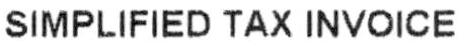
SIMPLIFIED TAX INVOICE